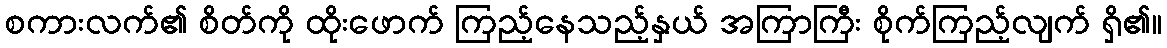
စကားလက်၏ စိတ်ကို ထိုးဖောက် ကြည့်နေသည့်နှယ် အကြာကြီး စိုက်ကြည့်လျက် ရှိ၏။